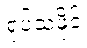
ရုပ်သံဖိုင်